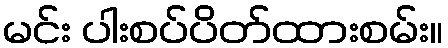
မင်း ပါးစပ်ပိတ်ထားစမ်း။